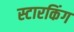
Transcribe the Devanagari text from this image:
स्‍टारकिंग